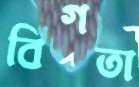
বিগতা